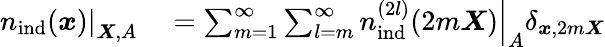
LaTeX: \begin{array}{rl}{\left.{n}_{\mathrm{ind}}(\boldsymbol{x})\right|_{\boldsymbol{X},A}}&{{}=\sum_{m=1}^{\infty}\sum_{l=m}^{\infty}\left.{n}_{\mathrm{ind}}^{(2l)}(2m\boldsymbol{X})\right|_{A}\delta_{\boldsymbol{x},2m\boldsymbol{X}}}\end{array}